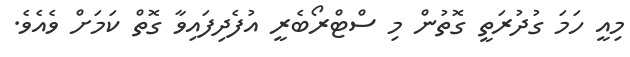
މިއީ ހަމަ ގުދުރަތީ ގޮތުން މި ސްޓްރޯބެރީ އުފެދިފައިވާ ގޮތް ކަމަށް ވެއެވެ.